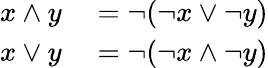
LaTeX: \begin{array}{rl}{x\wedge y}&{{}=\neg(\neg x\vee\neg y)}\\ {x\vee y}&{{}=\neg(\neg x\wedge\neg y)}\end{array}